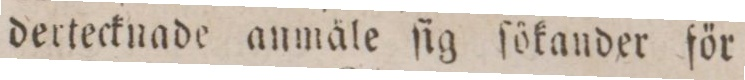
dertecknade anmäle ſig ſökander för